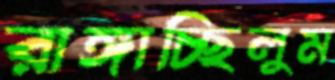
রাঙ্গাচ্ছিলুম